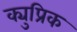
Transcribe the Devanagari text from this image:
क्युप्रिक